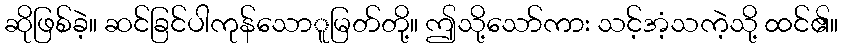
ဆိုဖြစ်ခဲ့။ ဆင်ခြင်ပါကုန်သောူမြတ်တို့။ ဤသို့သော်ကား သင့်အံ့သကဲ့သို့ ထင်၏။